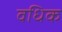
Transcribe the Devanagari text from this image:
वधिक